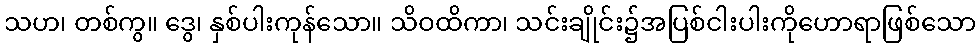
သဟ၊ တစ်ကွ။ ဒွေ၊ နှစ်ပါးကုန်သော။ သိဝထိကာ၊ သင်းချိုင်း၌အပြစ်ငါးပါးကိုဟောရာဖြစ်သော